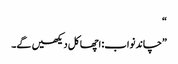
“
”چاند نواب: اچھا کل دیکھیں گے۔